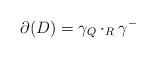
LaTeX: \begin{align*}\partial(D)= \gamma_Q \cdot _R\gamma^- \end{align*}